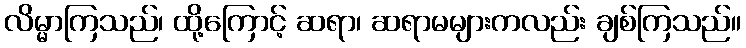
လိမ္မာကြသည်၊ ထို့ကြောင့် ဆရာ၊ ဆရာမများကလည်း ချစ်ကြသည်။